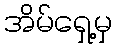
အိမ်ရှေ့မှ